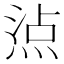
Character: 𤊁